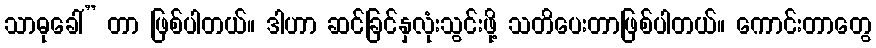
သာဓုခေါ်” တာ ဖြစ်ပါတယ်။ ဒါဟာ ဆင်ခြင်နှလုံးသွင်းဖို့ သတိပေးတာဖြစ်ပါတယ်။ ကောင်းတာတွေ